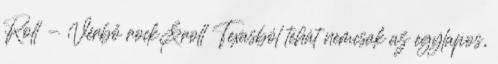
Roll - Vérbő rock&roll Texasból tehát nemcsak az egylapos,